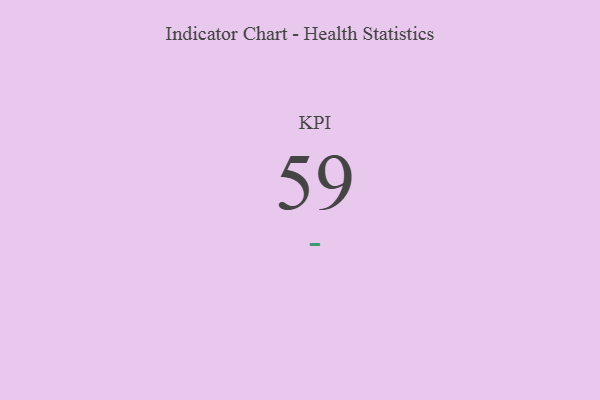
{"axis": {"x": "KPI", "y": "Value"}, "legend": [""], "data": [{"x": "KPI", "y": 59, "type": ""}]}